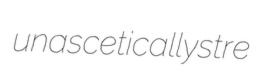
unascetically stre